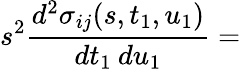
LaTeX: s^{2}\frac{d^{2}\sigma_{ij}(s,t_{1},u_{1})}{dt_{1}\: du_{1}}=